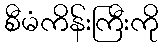
စီမံကိန်းကြီးကို